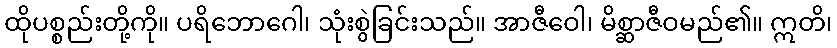
ထိုပစ္စည်းတို့ကို။ ပရိဘောဂေါ၊ သုံးစွဲခြင်းသည်။ အာဇီဝေါ၊ မိစ္ဆာဇီဝမည်၏။ ဣတိ၊